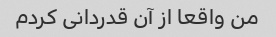
من واقعا از آن قدردانی کردم